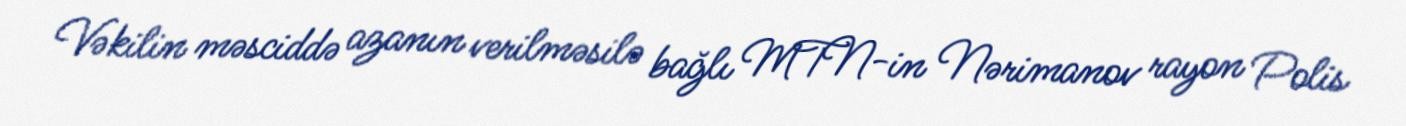
Vəkilin məsciddə azanın verilməsilə bağlı MTN-in Nərimanov rayon Polis